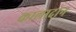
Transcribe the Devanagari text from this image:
कालादान